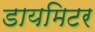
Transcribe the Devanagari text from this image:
डायमिटर